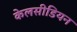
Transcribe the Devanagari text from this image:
केलसीडियन